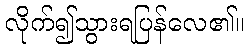
လိုက်၍သွားရပြန်လေ၏။